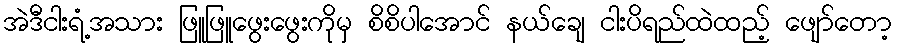
အဲဒီငါးရံ့အသား ဖြူဖြူဖွေးဖွေးကိုမှ စိစိပါအောင် နယ်ချေ ငါးပိရည်ထဲထည့် ဖျော်တော့